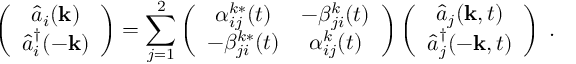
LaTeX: \left( \begin{array} { c } { { \hat { a } _ { i } ( { \bf k } ) } } \\ { { \hat { a } _ { i } ^ { \dag } ( - { \bf k } ) } } \end{array} \right) = \sum _ { j = 1 } ^ { 2 } \left( \begin{array} { c c } { { \alpha _ { i j } ^ { k \ast } ( t ) } } & { { - \beta _ { j i } ^ { k } ( t ) } } \\ { { - \beta _ { j i } ^ { k \ast } ( t ) } } & { { \alpha _ { i j } ^ { k } ( t ) } } \end{array} \right) \left( \begin{array} { c } { { \hat { a } _ { j } ( { \bf k } , t ) } } \\ { { \hat { a } _ { j } ^ { \dag } ( - { \bf k } , t ) } } \end{array} \right) \; .